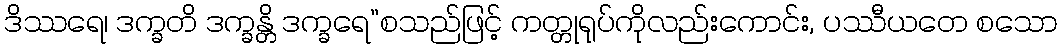
ဒိဿရေ၊ ဒက္ခတိ ဒက္ခန္တိ ဒက္ခရေ”စသည်ဖြင့် ကတ္တုရုပ်ကိုလည်းကောင်း, ပဿီယတေ စသော